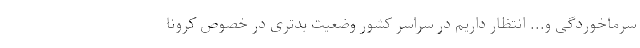
سرماخوردگی و... انتظار داریم در سراسر کشور وضعیت بدتری در خصوص کرونا